Report on enteric fever
Disease focus: Fever
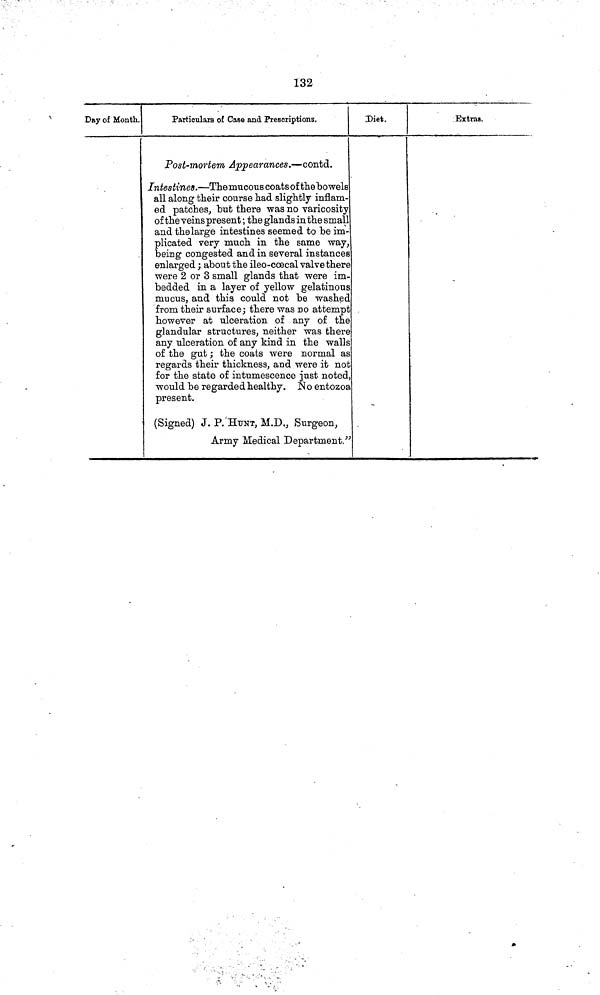
132
Day of Month.
Particulars of Case and Prescriptions.
Post-mortem Appearances.— contd.
Intestines.— The mucous coats of the bowels
all along their course had slightly inflam-
ed patches, but there was no varicosity
of the veins present ; the glands in the small
and the large intestines seemed to be im-
plicated very much in the same way,
being congested and in several instances
enlarged ; about the ileo-cœcal valve there
were 2 or 3 small glands that were im-
bedded in a layer of yellow gelatinous
mucus, and this could not be washed
from their surface; there was no attempt
however at ulceration of any of the
glandular structures, neither was there
any ulceration of any kind in the walls
of the gut ; the coats were normal as
regards their thickness, and were it no1
for the state of intumescence just noted
would be regarded healthy. No entozoa
present.
(Signed) J. P. HUNT, M.D., Surgeon,
Army Medical Department "
Diet.
Extras.